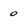
Character: 0